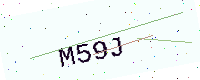
Text: M59J